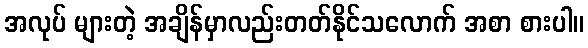
အလုပ် များတဲ့ အချိန်မှာလည်းတတ်နိုင်သလောက် အစာ စားပါ။